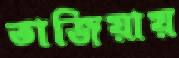
তাজিয়ায়